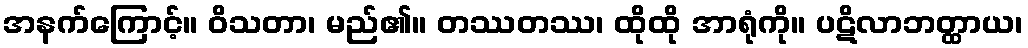
အနက်ကြောင့်။ ဝိသတာ၊ မည်၏။ တဿတဿ၊ ထိုထို အာရုံကို။ ပဋိလာဘတ္ထာယ၊